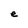
Character: e